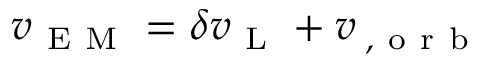
\boldsymbol { v } _ { \mathrm { ~ E ~ M ~ } } = \boldsymbol { \delta v } _ { \mathrm { ~ L ~ } } + \boldsymbol { v } _ { \rightmoon , \mathrm { ~ o ~ r ~ b ~ } }